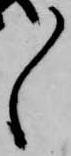
々